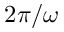
2 \pi / \omega